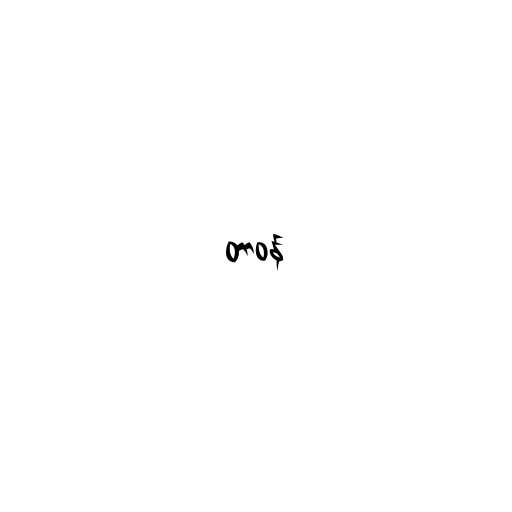
တာဝန်